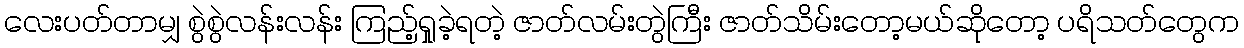
လေးပတ်တာမျှ စွဲစွဲလန်းလန်း ကြည့်ရှုခဲ့ရတဲ့ ဇာတ်လမ်းတွဲကြီး ဇာတ်သိမ်းတော့မယ်ဆိုတော့ ပရိသတ်တွေက